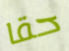
حقا